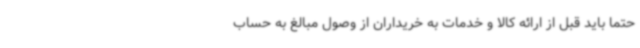
حتما باید قبل از ارائه کالا و خدمات به خریداران از وصول مبالغ به حساب